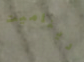
ديناميت